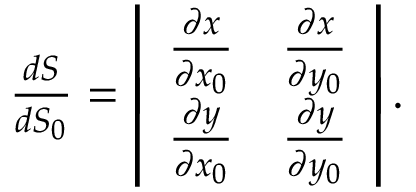
\begin{array} { r } { \frac { d S } { d S _ { 0 } } = \left| \begin{array} { c c } { \frac { \partial x } { \partial x _ { 0 } } } & { \frac { \partial x } { \partial y _ { 0 } } } \\ { \frac { \partial y } { \partial x _ { 0 } } } & { \frac { \partial y } { \partial y _ { 0 } } } \end{array} \right| . } \end{array}